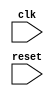
module timing_control_sync (
    input wire clk,
    input wire reset,
    // Add your input and output signals here
    // Example: input wire data_in,
    // Example: output wire data_out
);

// Timing control block
// Manage timing parameters and generate clock signals
// Add your code here

// Synchronization block
// Handle clock domain crossings and synchronize data transfers
// Add your code here

endmodule